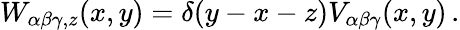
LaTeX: W_{\alpha\beta\gamma,z}(x,y)=\delta(y-x-z)V_{\alpha\beta\gamma}(x,y)\, .